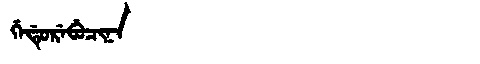
Manchu: ᡤᡝᡩᡠᡵᡝᠪᡠᠴᡳᠨᠠ
Romanization: GEDUREBUCINA